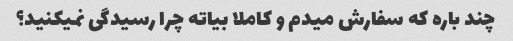
چند باره که سفارش میدم و کاملا بیاته چرا رسیدگی نمیکنید؟